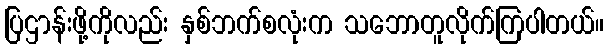
ပြဌာန်းဖို့ကိုလည်း နှစ်ဘက်စလုံးက သဘောတူလိုက်ကြပါတယ်။